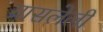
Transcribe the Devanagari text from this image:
ग्रासलेली